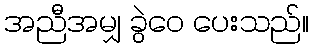
အညီအမျှ ခွဲဝေ ပေးသည်။